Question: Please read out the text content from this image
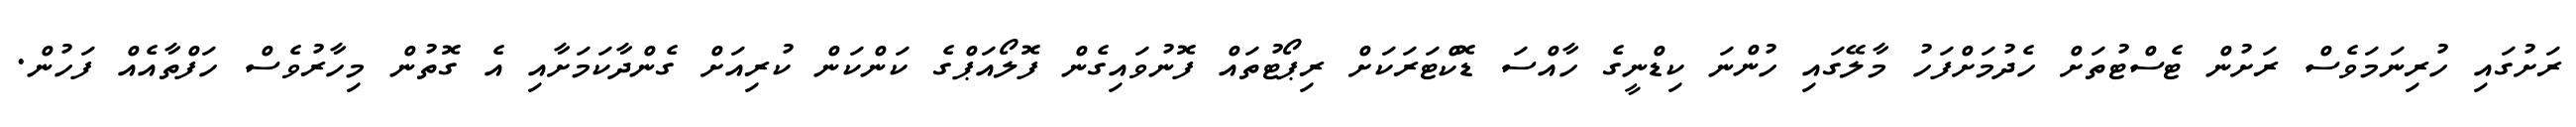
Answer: ރަށުގައި ހުރިނަމަވެސް ރަށުން ޓެސްޓުތަށް ހެދުމަށްފަހު މާލޭގައި ހުންނަ ކިޑްނީގެ ހާއްސަ ޑޮކްޓަރަކަށް ރިޕޯޓުތައް ފޮނުވައިގެން ފޮލޯއަޕްގެ ކަންކަން ކުރިއަށް ގެންދާކަމަށާއި އެ ގޮތުން މިހާރުވެސް ހަފްތާއެއް ފަހުން.